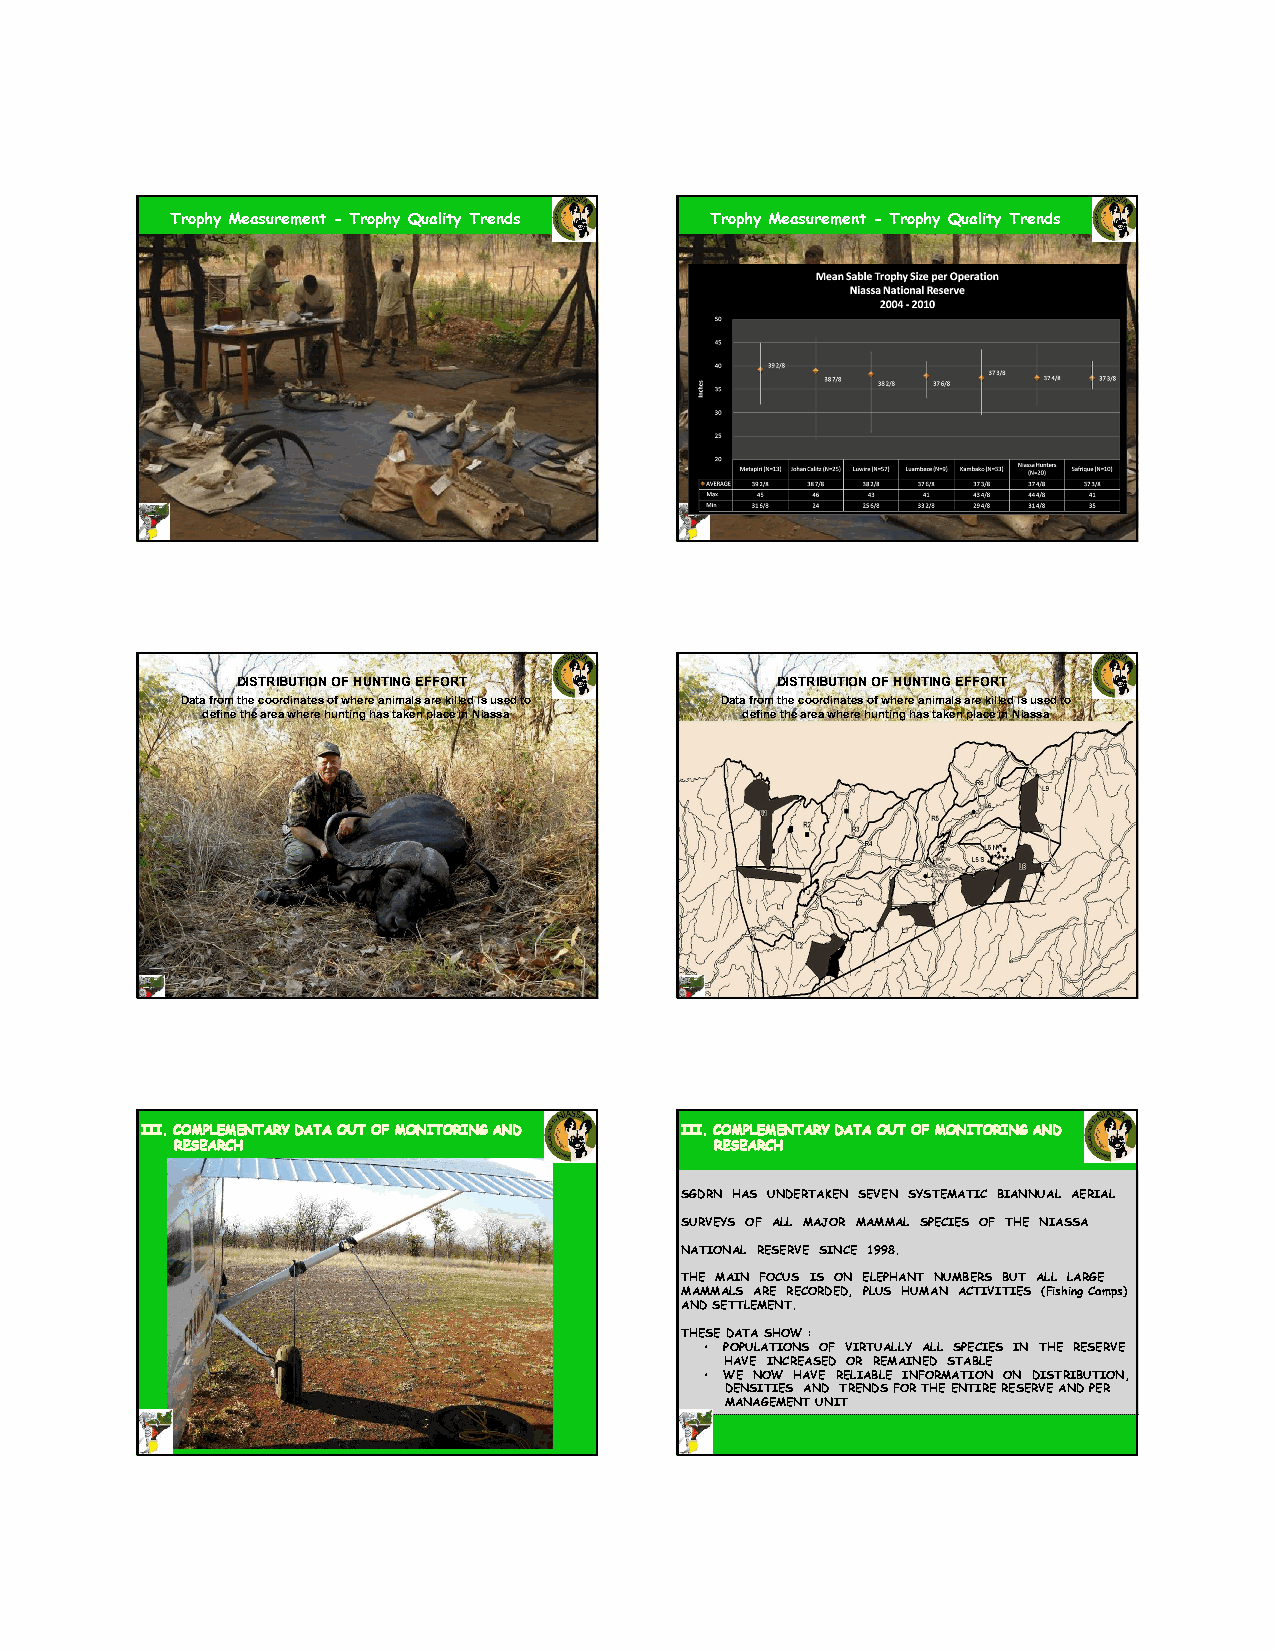
Trophy Measurement - Trophy Quality Trends Trophy Measurement - Trophy Quality Trends
 DISTRIBUTION OF HUNTING EFFORT     DISTRIBUTION OF HUNTING EFFORT
 Data from the coordinates of where animals are killed is used to
 define the area where hunting has taken place in Niassa
 SSGGDDRRNN HHAASS UUNNDDEERRTTAAKKEENN SSEEVVEENN SSYYSSTTEEMMAATTIICC BBIIAANNNNUUAALL AAEERRIIAALL
 SSUURRVVEEYYSS OOFF AALLLL MMAAJJOORR MMAAMMMMAALL SSPPEECCIIEESS OOFF TTHHEE NNIIAASSSSAA
 NNAATTIIOONNAALL RREESSEERRVVEE SSIINNCCEE 11999988..
 TTHHEE MMAAIINN FFOOCCUUSS IISS OONN EELLEEPPHHAANNTT NNUUMMBBEERRSS BBUUTT AALLLL LLAARRGGEE
 MMAAMMMMAALLSS AARREE RREECCOORRDDEEDD,, PPLLUUSS HHUUMMAANN AACCTTIIVVIITTIIEESS ((FFiisshhiinngg CCaammppss))
 AANNDD SSEETTTTLLEEMMEENNTT..
 TTHHEESSEE DDAATTAA SSHHOOWW ::
 •• PPOOPPUULLAATTIIOONNSS OOFF VVIIRRTTUUAALLLLYY AALLLL SSPPEECCIIEESS IINN TTHHEE RREESSEERRVVEE
 HHAAVVEE IINNCCRREEAASSEEDD OORR RREEMMAAIINNEEDD SSTTAABBLLEE
 •• WWEE NNOOWW HHAAVVEE RREELLIIAABBLLEE IINNFFOORRMMAATTIIOONN OONN DDIISSTTRRIIBBUUTTIIOONN,,
 DDEENNSSIITTIIEESS AANNDD TTRREENNDDSS FFOORR TTHHEE EENNTTIIRREE RREESSEERRVVEE AANNDD PPEERR
 MMAANNAAGGEEMMEENNTT UUNNIITT